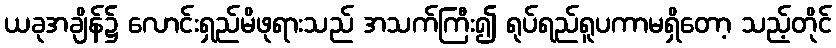
ယခုအချိန်၌ လောင်းရှည်မိဖုရားသည် အသက်ကြီး၍ ရုပ်ရည်ရူပကာမရှိတော့ သည့်တိုင်